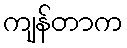
ကျန်တာက